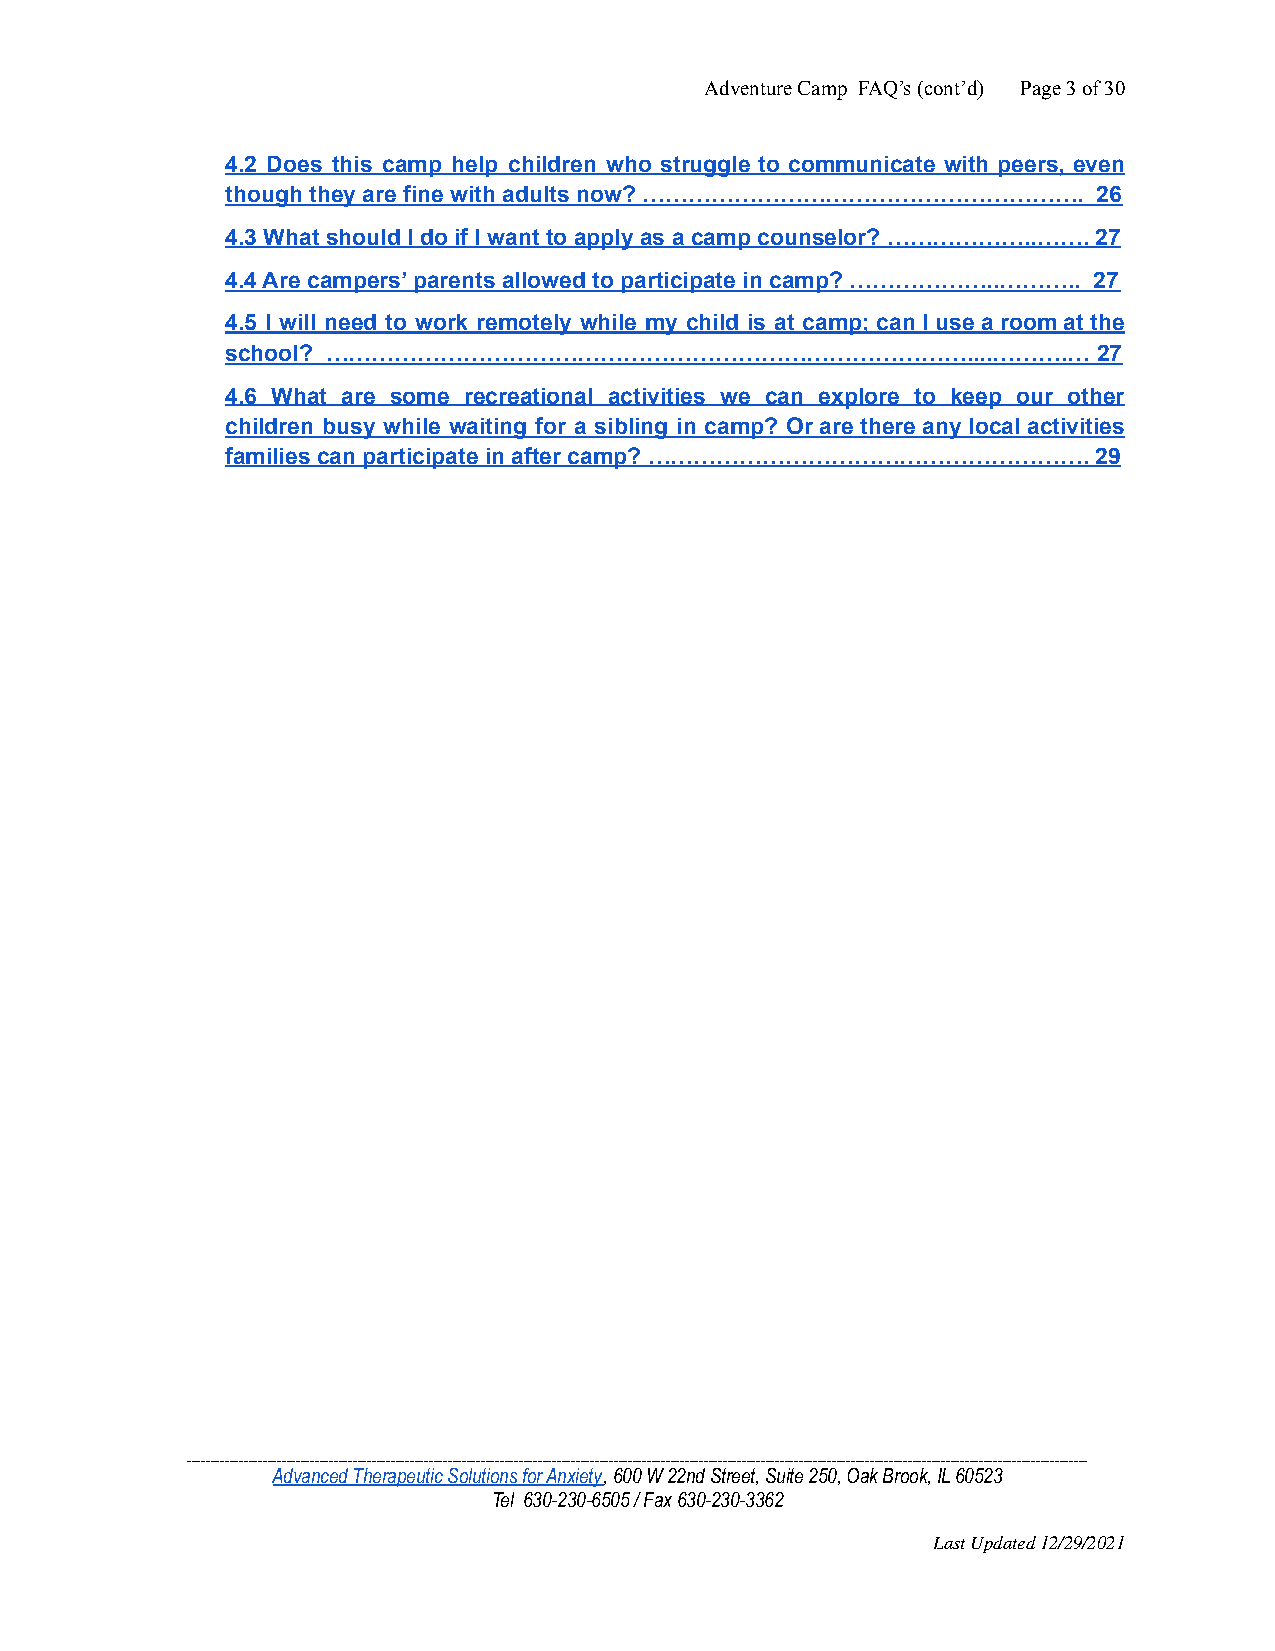
Adventure Camp FAQ’s (cont’d) Page3of30
 4.2 Does this camp help children who struggle to communicate with peers, even
 though they are fine with adults now? …………………………………………………. 26
 4.3 What should I do if I want to apply as a camp counselor? ………………..……. 27
 4.4 Are campers’ parents allowed to participate in camp? ………………..……….. 27
 4.5 I will need to work remotely while my child is at camp; can I use a room at the
 school? …………………………………………………………………………....……….…             27
 4.6 What are some recreational activities we can explore to keep our other
 children busy while waiting for a sibling in camp? Or are there any local activities
 families can participate in after camp? …………………………………………………. 29
 ______________________________________________________________________________________________________________________________________________________________________________________________
 Advanced Therapeutic Solutions for Anxiety, 600 W22nd Street, Suite 250, Oak Brook, IL 60523
 Tel 630-230-6505 / Fax 630-230-3362
 Last Updated 12/29/2021